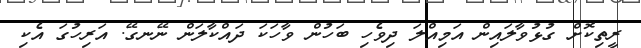
ރީތިކޮށް ގުޅުވާލައިން އަމިއްލަ ދިވެހި ބަހުން ވާހަކަ ދައްކާލަން ނޭނގޭ. އަރިހުގަ އެކި